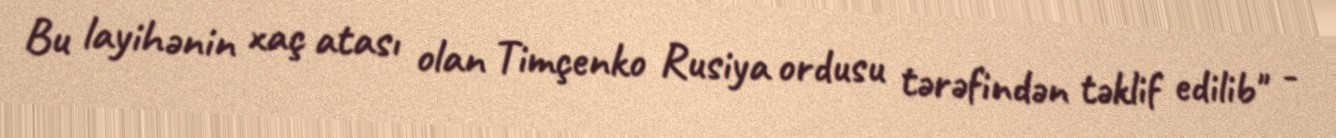
Bu layihənin xaç atası olan Timçenko Rusiya ordusu tərəfindən təklif edilib" -